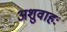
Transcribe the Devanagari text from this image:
अशुवाहः